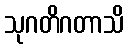
သုဂတိဂတာသိ